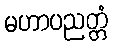
မဟာပညတ္တံ